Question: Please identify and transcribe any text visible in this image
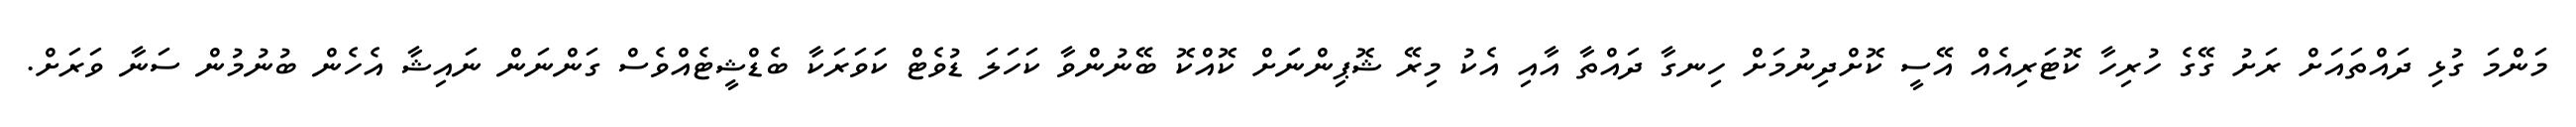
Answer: މަންމަ ގުޅި ދައްތައަށް ރަށު ގޭގެ ހުރިހާ ކޮޓަރިއެއް އޭސީ ކޮށްދިނުމަށް ހިނގާ ދައްތާ އާއި އެކު މިރޭ ޝޮޕިންނަަށް ކޮއްކޮ ބޭނުންވާ ކަހަލަ ޑުވެޓް ކަވަރަކާ ބެޑްޝީޓެއްވެސް ގަންނަން ނައިޝާ އެހެން ބުނުމުން ސަނާ ވަރަށް.